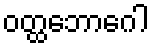
ဝတ္ထဘောဂေါ